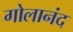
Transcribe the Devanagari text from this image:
गोलानंद